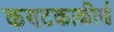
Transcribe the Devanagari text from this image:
कण्टकाकीर्ण